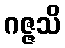
ဂဇ္ဇသိ